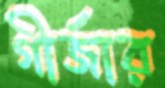
গীর্জার